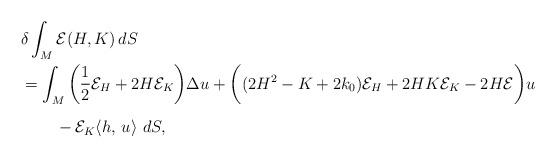
LaTeX: \begin{align*}&\delta \int_M \mathcal{E}(H,K) \, dS\\&= \int_M \bigg(\frac{1}{2}\mathcal{E}_H+ 2H\mathcal{E}_K\bigg) \Delta u + \bigg((2H^2-K+2k_0)\mathcal{E}_H+2HK\mathcal{E}_K-2H\mathcal{E}\bigg)u \\&\phantom{\int_M h} - \mathcal{E}_K \langle h, \,u \rangle \,\, dS,\end{align*}